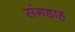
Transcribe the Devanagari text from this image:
संगडाह